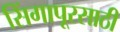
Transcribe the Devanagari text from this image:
सिंगापूरसाठी